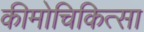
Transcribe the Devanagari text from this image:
कीमोचिकित्सा